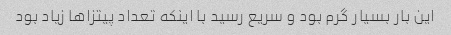
این بار بسیار گرم بود و سریع رسید با اینکه تعداد پیتزاها زیاد بود